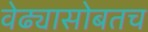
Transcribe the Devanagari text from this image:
वेढ्यासोबतच